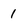
Character: 1